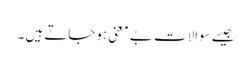
جیسے سوالات بے معنی ہوجاتے ہیں ۔